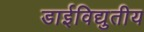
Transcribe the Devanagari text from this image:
डाईविद्युतीय